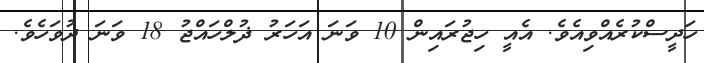
ހަދީސްކުރެއްވިއެވެ. އެއީ ހިޖުރައިން 10 ވަނަ އަހަރު ޛުލްހައްޖު 18 ވަނަ ދުވަހެވެ.